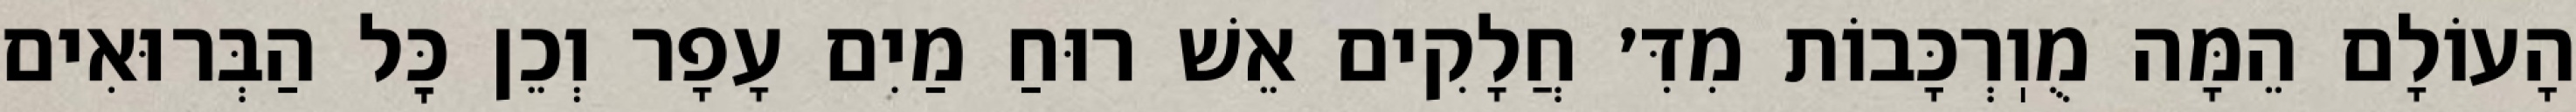
הָעוֹלָם הֵמָּה מֻוֽרְכָּבוֹת מִדִּ׳ חֲלָקִים אֵשׁ רוּחַ מַיִם עָפָר וְכֵן כׇּל הַבְּרוּאִים